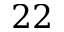
2 2